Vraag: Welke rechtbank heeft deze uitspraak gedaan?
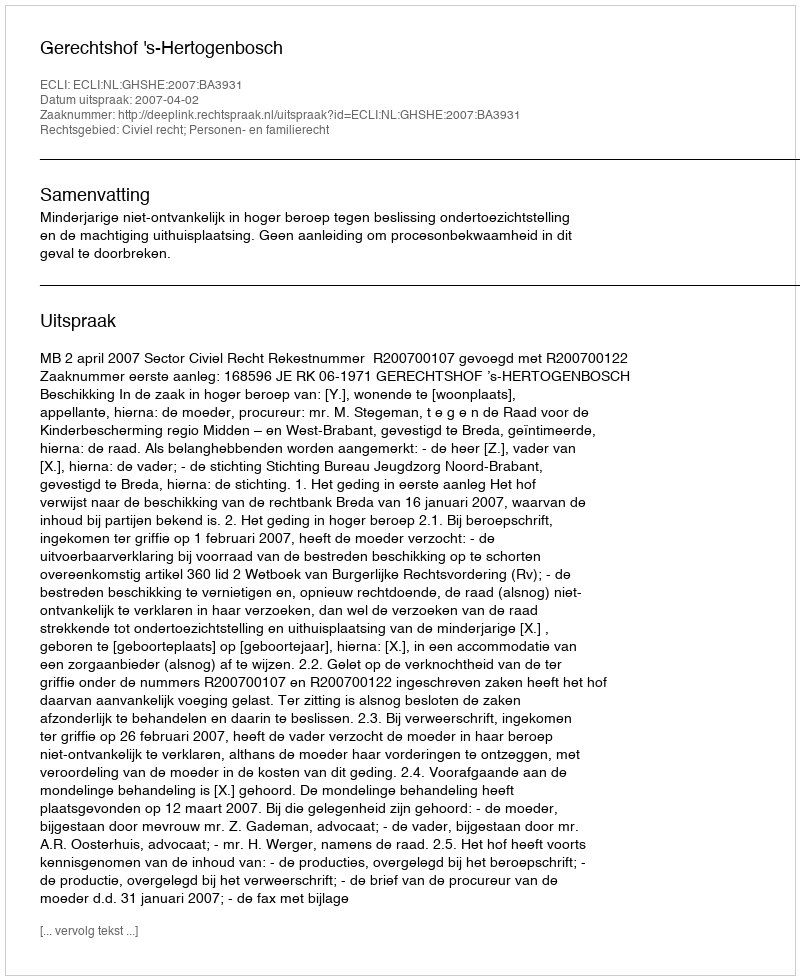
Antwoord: Gerechtshof 's-Hertogenbosch